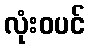
လုံးဝပင်